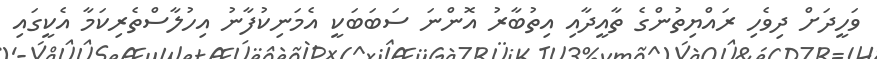
ވަހީދަށް ދިވެހި ރައްޔިތުންގެ ތާއީދާއި އިތުބާރު އޮންނަ ސަބަބަކީ އެމަނިކުފާނު އިހުލާސްތެރިކަމާ އެކީގައި